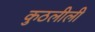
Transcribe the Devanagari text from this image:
कुठलीली